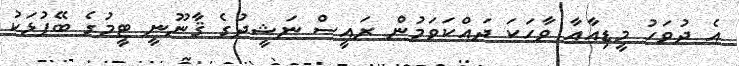
އެ ދުވަހު މީޑިއާއާ ވާހަކަ ދައްކަވަމުން ރައީސް ނަޝީދުގެ ޤާނޫނީ ޓީމުގެ ބޭފުޅަކު